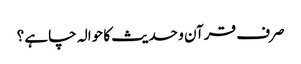
صرف قرآن و حدیث کا حوالہ چاہے ؟